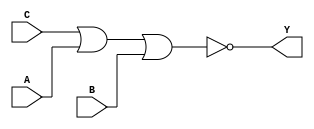
module sky130_fd_sc_hd__nor3 (
    Y,
    A,
    B,
    C
);

    // Module ports
    output Y;
    input  A;
    input  B;
    input  C;

    // Module supplies
    supply1 VPWR;
    supply0 VGND;
    supply1 VPB ;
    supply0 VNB ;

    // Local signals
    wire nor0_out_Y;

    //  Name  Output      Other arguments
    nor nor0 (nor0_out_Y, C, A, B        );
    buf buf0 (Y         , nor0_out_Y     );

endmodule